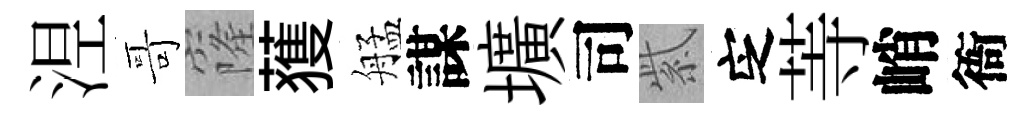
𣵀哥窿𫉬艋謀壙司紫㝎䓁峭衙